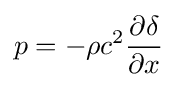
p=-\rho c^{2}{\frac {\partial \delta }{\partial x}}